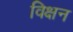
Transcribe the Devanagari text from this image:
विक्षन